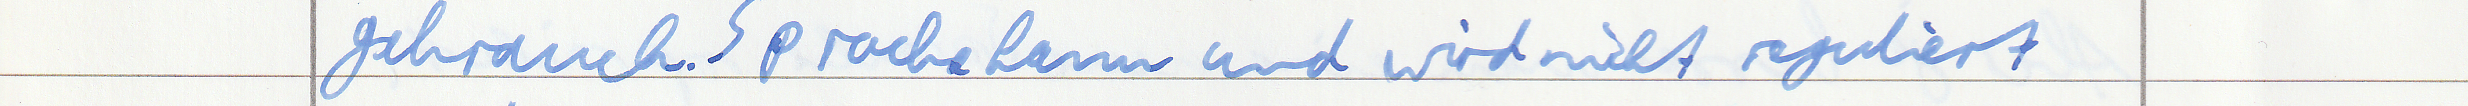
gebrauch. Sprache kann und wird nicht reguliert